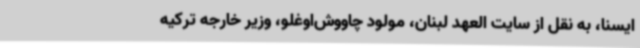
ایسنا، به نقل از سایت العهد لبنان، مولود چاووش‌اوغلو، وزیر خارجه ترکیه